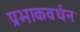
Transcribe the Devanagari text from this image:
प्रभाकवर्धन